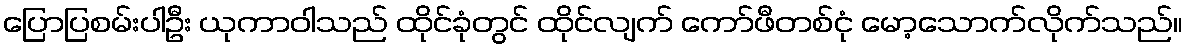
ပြောပြစမ်းပါဦး ယုကာဝါသည် ထိုင်ခုံတွင် ထိုင်လျက် ကော်ဖီတစ်ငုံ မော့သောက်လိုက်သည်။